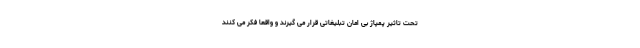
تحت تاثیر پمپاژ بی امان تبلیغاتی قرار می گیرند و واقعاً فکر می کنند